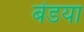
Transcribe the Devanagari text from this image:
बेंडया